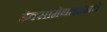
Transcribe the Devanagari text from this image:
डेक्सामेथाझोनचे